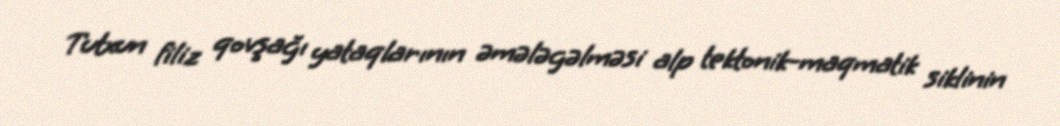
Tutxun filiz qovşağı yataqlarının əmələgəlməsi alp tektonik-maqmatik siklinin